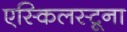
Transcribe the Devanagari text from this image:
एस्किलस्टूना